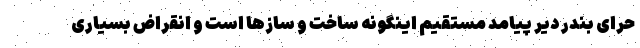
حرّای بندر دیّر پیامد مستقیم اینگونه ساخت و سازها است و انقراض بسیاری